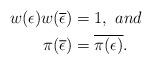
LaTeX: \begin{align*} w(\epsilon)w(\overline{\epsilon}) &= 1,\ and\\ \pi(\overline{\epsilon}) &= \overline{\pi(\epsilon)}.\end{align*}